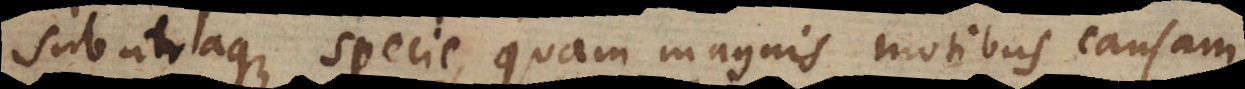
sub utraque specie, quam magnis motibus causam